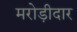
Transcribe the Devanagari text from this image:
मरोड़ीदार